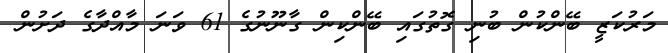
މަރުކަޒީ ބޭންކުން ބުނި ގޮތުގައި ބޭންކިން ގާނޫނުގެ 61 ވަނަ މާއްދާގެ ދަށުން